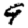
Digit: 9